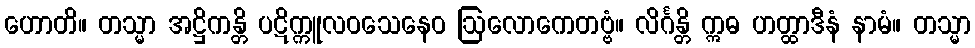
ဟောတိ။ တသ္မာ အဋ္ဌိကန္တိ ပဋိက္ကူလဝသေနေဝ ဩလောကေတဗ္ဗံ။ လိင်္ဂန္တိ ဣဓ ဟတ္ထာဒီနံ နာမံ။ တသ္မာ